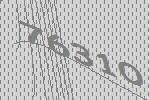
76310